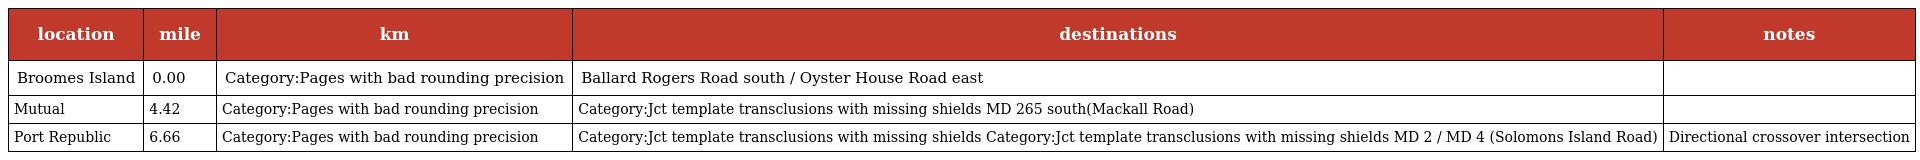
| location | mile | km | destinations | notes |
 | --- | --- | --- | --- | --- |
 | Broomes Island | 0.00 | Category:Pages with bad rounding precision | Ballard Rogers Road south / Oyster House Road east |  |
 | Mutual | 4.42 | Category:Pages with bad rounding precision | Category:Jct template transclusions with missing shields MD 265 south(Mackall Road) |  |
 | Port Republic | 6.66 | Category:Pages with bad rounding precision | Category:Jct template transclusions with missing shields Category:Jct template transclusions with missing shields MD 2 / MD 4 (Solomons Island Road) | Directional crossover intersection |